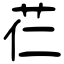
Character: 芢